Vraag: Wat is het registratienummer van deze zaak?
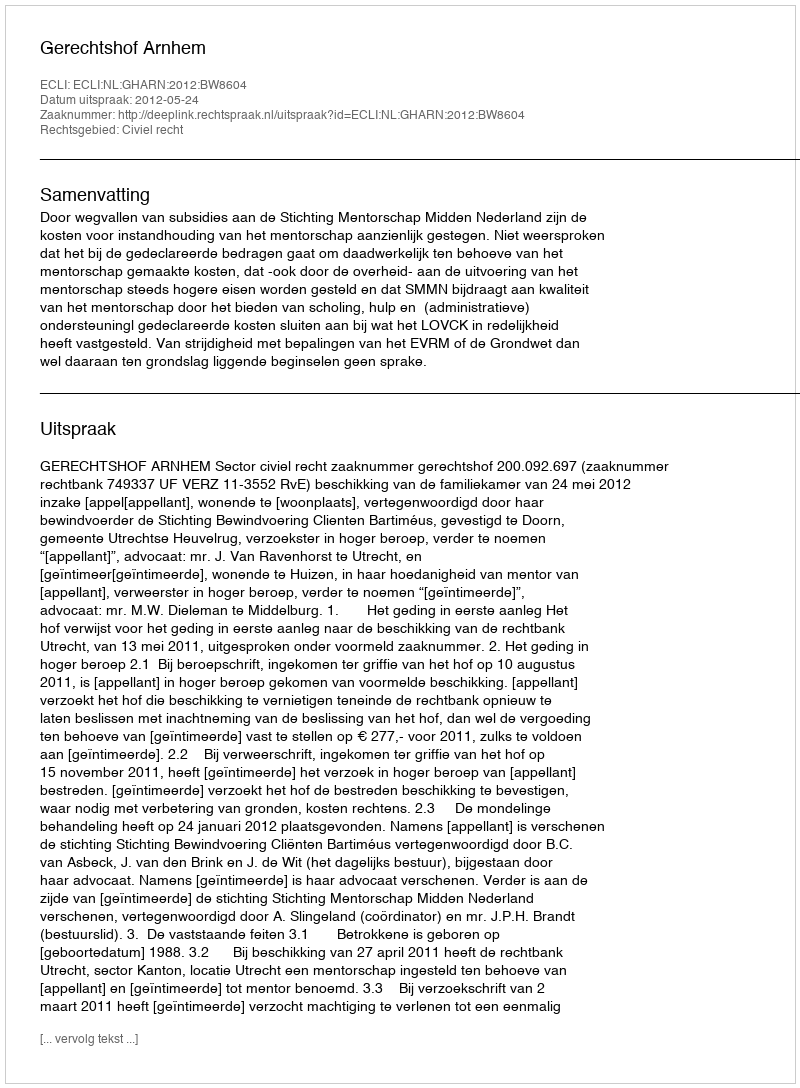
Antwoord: http://deeplink.rechtspraak.nl/uitspraak?id=ECLI:NL:GHARN:2012:BW8604